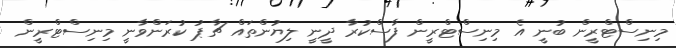
މިނިސްޓްރީން ބުނީ އެ މިނިސްޓްރީން ފާސްކުރާ ދީނީ ލިޔުންތައް ޗާޕު ކުރަންވާނީ މިނިސްޓްރީން